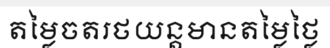
តម្លៃចតរថយន្តមានតម្លៃថ្លៃ